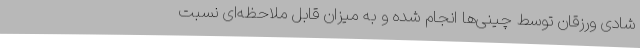
شادی ورزقان توسط چینی‌ها انجام شده و به میزان قابل ملاحظه‌ای نسبت